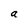
Character: a